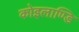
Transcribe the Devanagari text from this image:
कोइलाण्डि